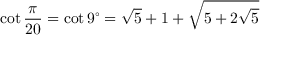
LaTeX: \cot { \frac { \pi } { 2 0 } } = \cot 9 ^ { \circ } = { \sqrt { 5 } } + 1 + { \sqrt { 5 + 2 { \sqrt { 5 } } } }